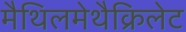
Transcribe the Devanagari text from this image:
मैथिलमेथैक्रिलेट